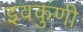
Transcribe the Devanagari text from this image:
इवकुणी